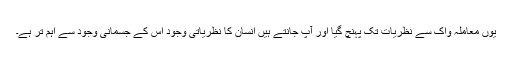
یوں معاملہ واک سے نظریات تک پہنچ گیا اور آپ جانتے ہیں انسان کا نظریاتی وجود اس کے جسمانی وجود سے اہم تر ہے۔